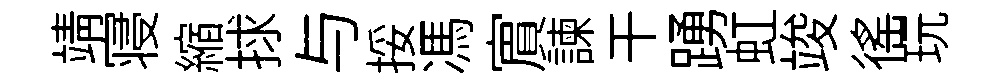
靖寝縮捄与挼馮賔諫干踴虹竣徭玩